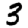
Digit: 3